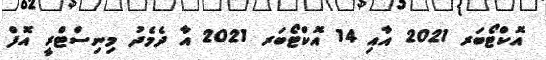
އޮކްޓޯބަރ 2021 އާއި 14 އޮކްޓޯބަރ 2021 އާ ދެމެދު މިނިސްޓްރީ އޮފް